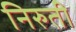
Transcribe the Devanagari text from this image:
निरुती